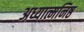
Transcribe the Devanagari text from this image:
अध्यात्मनिष्ठ